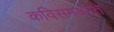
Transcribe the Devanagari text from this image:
कविसमयगते